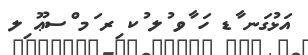
އަޅުގަނ ާޑ ހަ ާވ ުލ ުކ ިރ ަމ ްސޢޫ ިލ